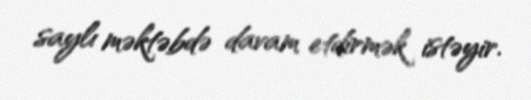
saylı məktəbdə davam etdirmək istəyir.